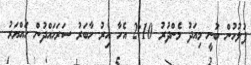
ފުލުހުން ބުނީ މިއަދު މެންދުރު 2:10 އެހާ އިރު ހާބަރު ސަރަހައްދުން ހައްޔަރު